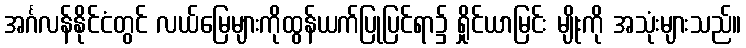
အင်္ဂလန်နိုင်ငံတွင် လယ်မြေများကိုထွန်ယက်ပြုပြင်ရာ၌ ရှိုင်ယာမြင်း မျိုးကို အသုံးများသည်။